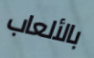
بالألعاب